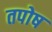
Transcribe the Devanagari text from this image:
तपोष